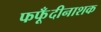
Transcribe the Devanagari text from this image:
फफूँदीनाशक